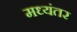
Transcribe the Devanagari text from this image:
मध्‍यंतर